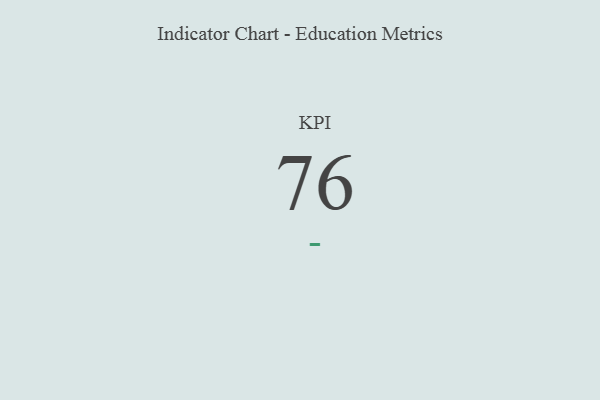
{"axis": {"x": "KPI", "y": "Value"}, "legend": [""], "data": [{"x": "KPI", "y": 76, "type": ""}]}